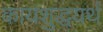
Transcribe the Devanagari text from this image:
कायशुद्धयर्थं